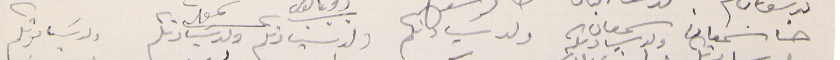
حنا سمعان                     سمعان ولد سيادىكم                ولد سَيادتكم               ولد سيادتكم       ولد سَيادتكم               ولد سَيادتكم